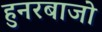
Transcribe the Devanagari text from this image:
हुनरबाजो